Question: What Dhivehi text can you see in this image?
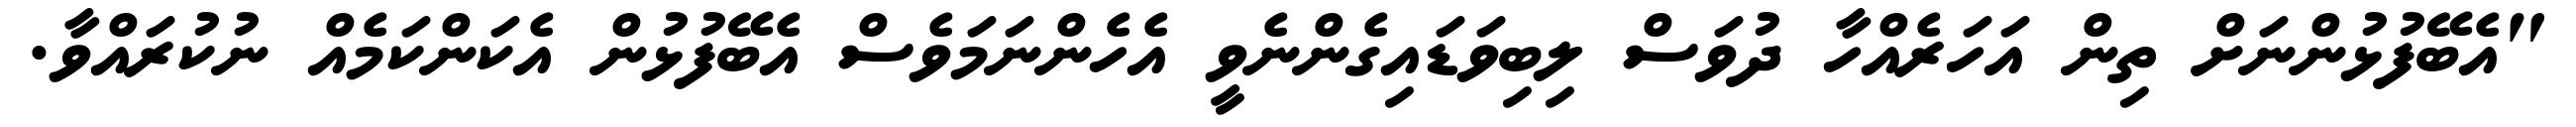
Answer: "އެބޭފުޅުންނަށް ތިން އަހަރެއްހާ ދުވަސް ލިބިވަޑައިގެންނެވީ އެހެންނަމަވެސް އެބޭފުޅުން އެކަންކަމެއް ނުކުރައްވާ.